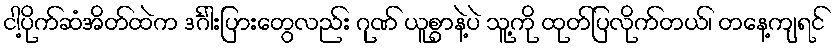
ငါ့ပိုက်ဆံအိတ်ထဲက ဒင်္ဂါးပြားတွေလည်း ဂုဏ် ယူစွာနဲ့ပဲ သူ့ကို ထုတ်ပြလိုက်တယ်၊ တနေ့ကျရင်